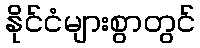
နိုင်ငံများစွာတွင်